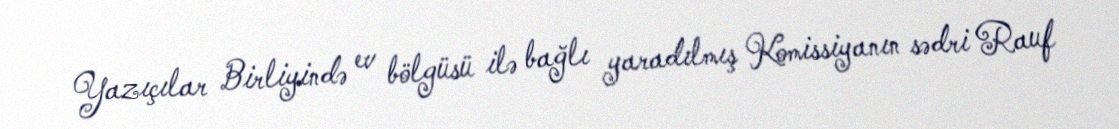
Yazıçılar Birliyində ev bölgüsü ilə bağlı yaradılmış Komissiyanın sədri Rauf